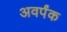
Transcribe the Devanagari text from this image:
अवर्पंक